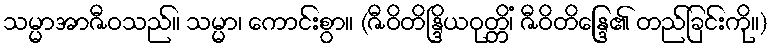
သမ္မာအာဇီဝသည်။ သမ္မာ၊ ကောင်းစွာ။ (ဇီဝိတိန္ဒြိယဝုတ္တိံ၊ ဇီဝိတိန္ဒြေ၏ တည်ခြင်းကို။)